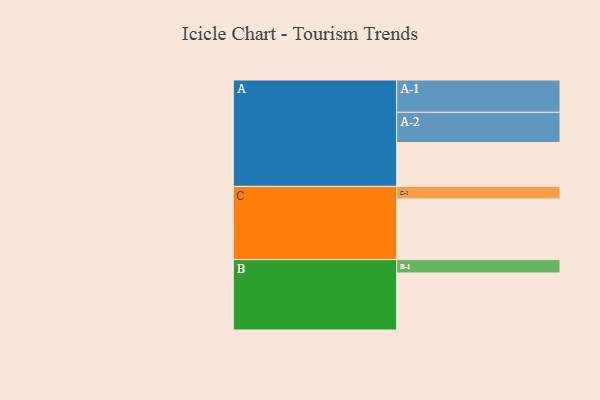
{"axis": {"x": "Segment", "y": "Value"}, "legend": ["", "A", "B", "C"], "data": [{"x": "A", "y": 311, "type": ""}, {"x": "B", "y": 404, "type": ""}, {"x": "C", "y": 430, "type": ""}, {"x": "A-1", "y": 229, "type": "A"}, {"x": "A-2", "y": 214, "type": "A"}, {"x": "B-1", "y": 95, "type": "B"}, {"x": "C-1", "y": 89, "type": "C"}]}